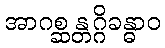
အာဂစ္ဆန္တဂ္ဂိခန္ဓာဝ